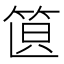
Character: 𥭣